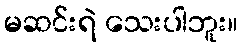
မဆင်းရဲ သေးပါဘူး။